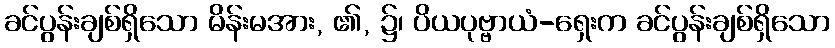
ခင်ပွန်းချစ်ရှိသော မိန်းမအား, ၏, ၌၊ ပိယပုဗ္ဗာယံ-ရှေးက ခင်ပွန်းချစ်ရှိသော